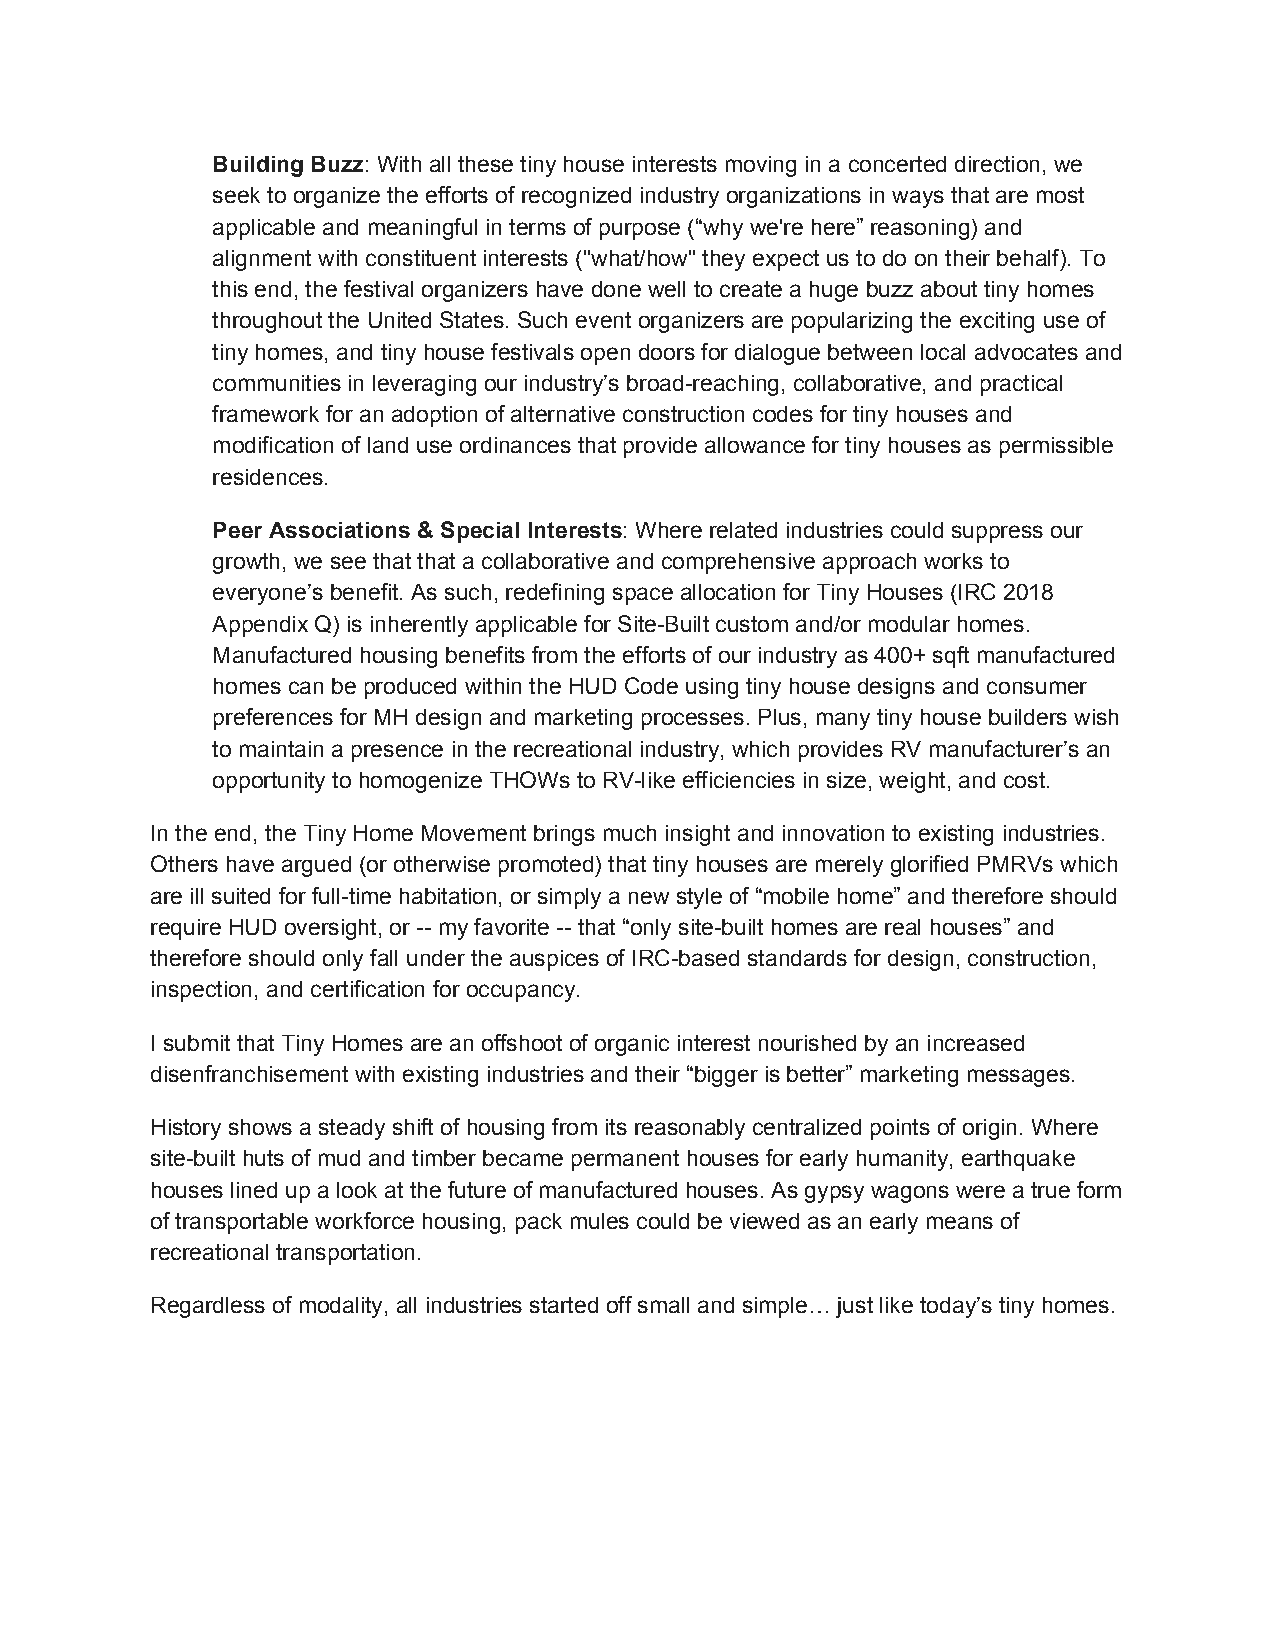
Building Buzz: With all these tiny house interests moving in a concerted direction, we
 ​
 seek to organize the efforts of recognized industry organizations in ways that are most
 applicable and meaningful in terms of purpose (“why we're here” reasoning) and
 alignment with constituent interests ("what/how" they expect us to do on their behalf). To
 this end, the festival organizers have done well to create a huge buzz about tiny homes
 throughout the United States. Such event organizers are popularizing the exciting use of
 tiny homes, and tiny house festivals open doors for dialogue between local advocates and
 communities in leveraging our industry’s broad-reaching, collaborative, and practical
 framework for an adoption of alternative construction codes for tiny houses and
 modification of land use ordinances that provide allowance for tiny houses as permissible
 residences.
 Peer Associations & Special Interests: Where related industries could suppress our
 ​
 growth, we see that that a collaborative and comprehensive approach works to
 everyone’s benefit. As such, redefining space allocation for Tiny Houses (IRC 2018
 Appendix Q) is inherently applicable for Site-Built custom and/or modular homes.
 Manufactured housing benefits from the efforts of our industry as 400+ sqft manufactured
 homes can be produced within the HUD Code using tiny house designs and consumer
 preferences for MH design and marketing processes. Plus, many tiny house builders wish
 to maintain a presence in the recreational industry, which provides RV manufacturer’s an
 opportunity to homogenize THOWs to RV-like efficiencies in size, weight, and cost.
 In the end, the Tiny Home Movement brings much insight and innovation to existing industries.
 Others have argued (or otherwise promoted) that tiny houses are merely glorified PMRVs which
 are ill suited for full-time habitation, or simply a new style of “mobile home” and therefore should
 require HUD oversight, or -- my favorite -- that “only site-built homes are real houses” and
 therefore should only fall under the auspices of IRC-based standards for design, construction,
 inspection, and certification for occupancy.
 I submit that Tiny Homes are an offshoot of organic interest nourished by an increased
 disenfranchisement with existing industries and their “bigger is better” marketing messages.
 History shows a steady shift of housing from its reasonably centralized points of origin. Where
 site-built huts of mud and timber became permanent houses for early humanity, earthquake
 houses lined up a look at the future of manufactured houses. As gypsy wagons were a true form
 of transportable workforce housing, pack mules could be viewed as an early means of
 recreational transportation.
 Regardless of modality, all industries started off small and simple… just like today’s tiny homes.